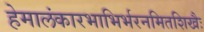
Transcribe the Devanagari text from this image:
हेमालंकारभाभिर्भरनमितशिखैः